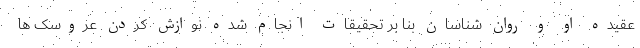
عقیده او و روان شناسان بنا بر تحقیقات انجام شده نوازش کردن عروسک ها